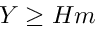
Y \ge H m